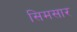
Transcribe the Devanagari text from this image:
सिमसार